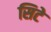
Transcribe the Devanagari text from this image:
सिटे